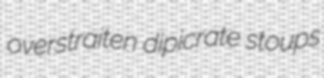
overstraiten dipicrate stoups